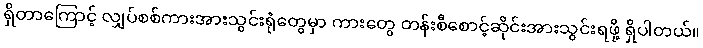
ရှိတာကြောင့် လျှပ်စစ်ကားအားသွင်းရုံတွေမှာ ကားတွေ တန်းစီစောင့်ဆိုင်းအားသွင်းရဖို့ ရှိပါတယ်။